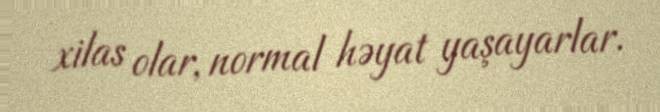
xilas olar, normal həyat yaşayarlar.